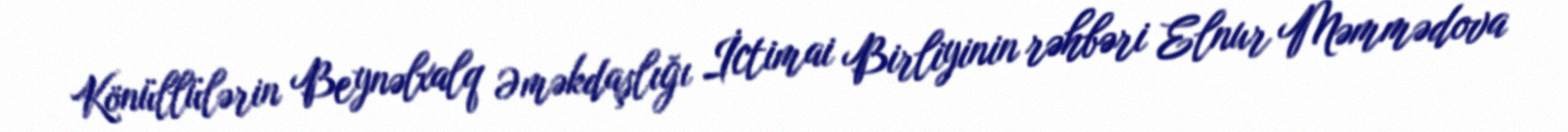
Könüllülərin Beynəlxalq Əməkdaşlığı İctimai Birliyinin rəhbəri Elnur Məmmədova